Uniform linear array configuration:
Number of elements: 32
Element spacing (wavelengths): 0.25
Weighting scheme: kaiser
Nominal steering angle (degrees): -15
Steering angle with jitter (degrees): -16.598
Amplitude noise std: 0.05
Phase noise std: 0.05

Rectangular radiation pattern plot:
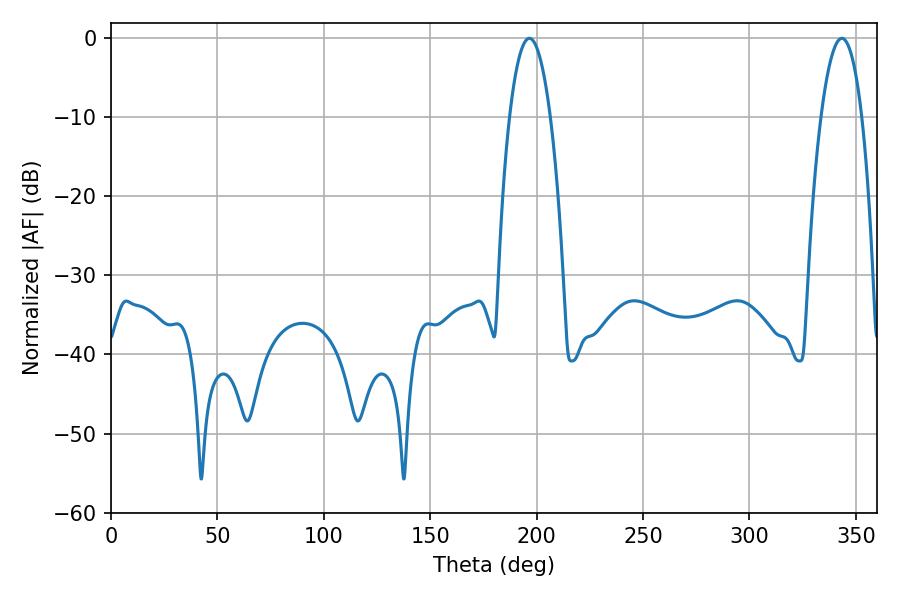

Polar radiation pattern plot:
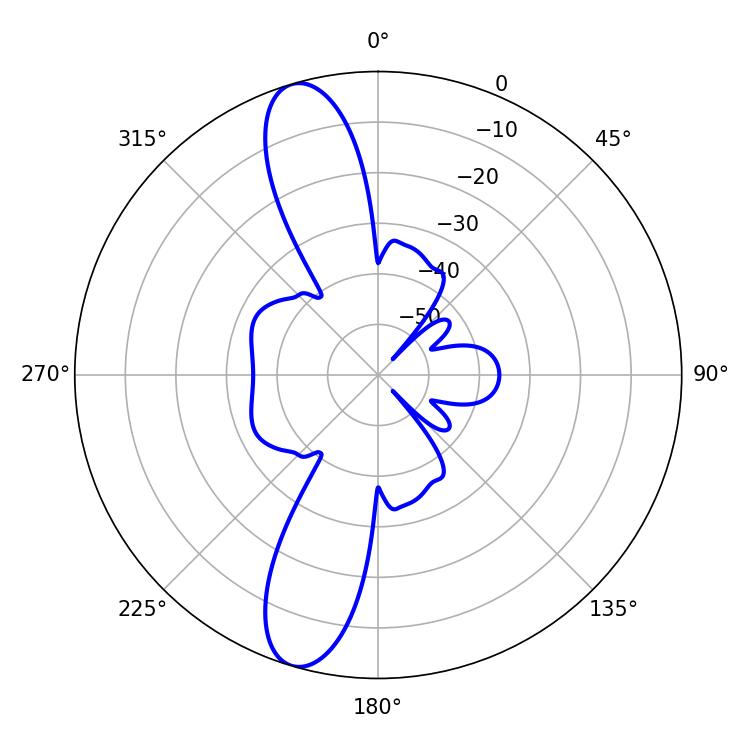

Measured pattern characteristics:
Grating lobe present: FALSE
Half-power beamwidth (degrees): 10.62
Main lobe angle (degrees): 196.56